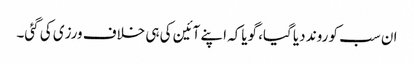
ان سب کو روند دیا گیا، گویاکہ اپنے آئین کی ہی خلاف ورزی کی گئی۔